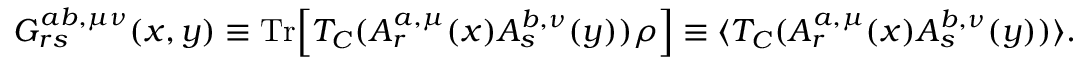
G _ { r s } ^ { a b , \mu \nu } ( x , y ) \equiv \mathrm { T r } \Bigl [ T _ { C } ( A _ { r } ^ { a , \mu } ( x ) A _ { s } ^ { b , \nu } ( y ) ) \rho \Bigr ] \equiv \langle T _ { C } ( A _ { r } ^ { a , \mu } ( x ) A _ { s } ^ { b , \nu } ( y ) ) \rangle .